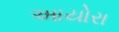
આયોરા